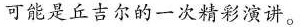
可能是丘吉尔的一次精彩演讲。